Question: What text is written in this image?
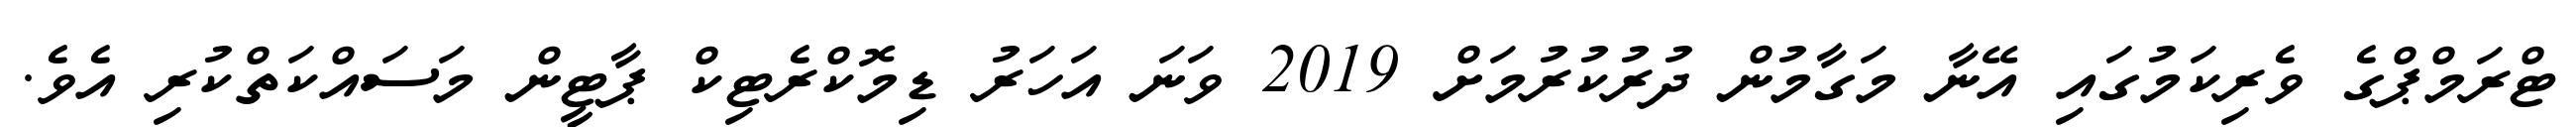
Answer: ޓްރަމްޕްގެ ވެރިކަމުގައި އޭނާ މަގާމުން ދުރުކުރުމަށް 2019 ވަނަ އަހަރު ޑިމޮކްރެޓިކް ޕާޓީން މަސައްކަތްކުރި އެވެ.